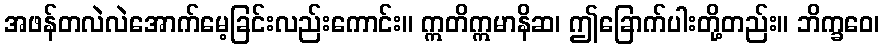
အဖန်တလဲလဲအောက်မေ့ခြင်းလည်းကောင်း။ ဣတိဣမာနိဆ၊ ဤခြောက်ပါးတို့တည်း။ ဘိက္ခဝေ၊